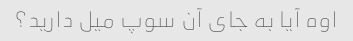
اوه آیا به جای آن سوپ میل دارید؟